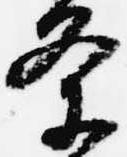
条